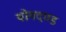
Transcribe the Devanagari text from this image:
योगदण्ड